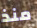
منذ